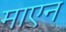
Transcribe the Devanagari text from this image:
माएन